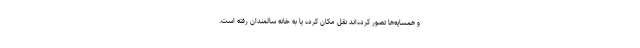
و همسایه‌ها تصور کرده‌اند نقل مکان کرده یا به خانه سالمندان رفته است.